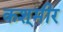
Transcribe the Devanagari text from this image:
कश्‌मीर